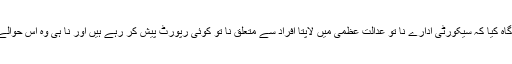
وکیل انعام الرحیم نے عدالت کو آگاہ کیا کہ سیکورٹی ادارے نا تو عدالت عظمیٰ میں لاپتا افراد سے متعلق نا تو کوئی رپورٹ پیش کر رہے ہیں اور نا ہی وہ اس حوالے سے کوئی سنجیدہ نظر آتے ہیں۔